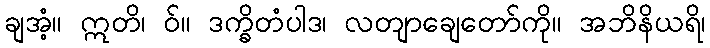
ချအံ့။ ဣတိ၊ ဝ်။ ဒက္ခိတံပါဒ၊ လတျာချေတော်ကို။ အဘိနိယရိ၊